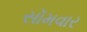
સૉમવાર